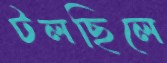
টলছিলে